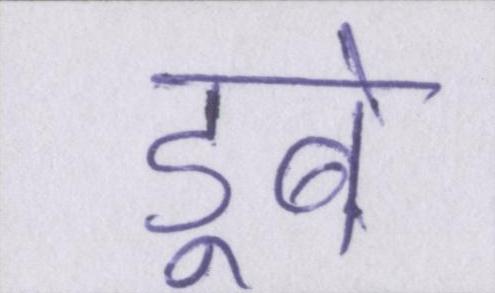
डूबे